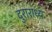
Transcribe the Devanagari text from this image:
दुराराध्य